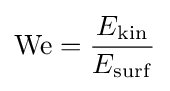
\mathrm {We} ={\frac {E_{\mathrm {kin} }}{E_{\mathrm {surf} }}}